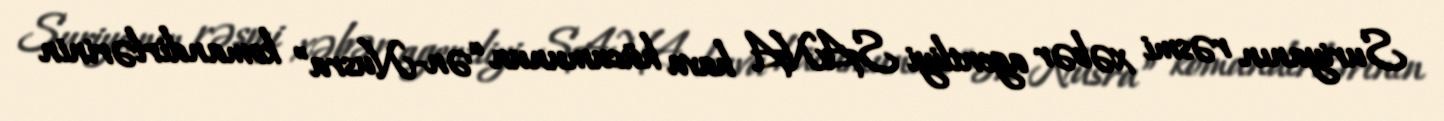
Suriyanın rəsmi xəbər agentliyi SANA hava hücumunun “ən-Nusra” komandirlərinin